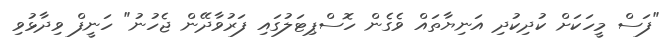
"ފަސް މީހަކަށް ކުދިކުދި އަނިޔާތައް ވެގެން ހޮސްޕިޓަލުގައި ފަރުވާދޭން ޖެހުނު" ހަނީފް ވިދާޅުވި